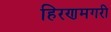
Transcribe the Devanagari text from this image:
हिरणमगरी